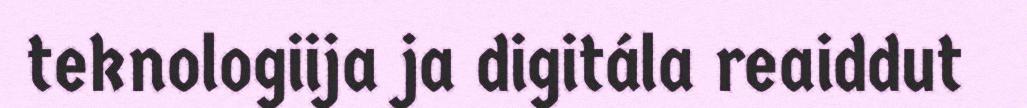
teknologiija ja digitála reaiddut